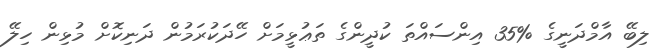
ލިބޭ އާމްދަނީގެ %35 އިންސައްތަ ކުދީންގެ ތަޢުޅީމަށް ހޭދަކުރަމުން ދަނިކޮށް މުޅިން ހިލޭ